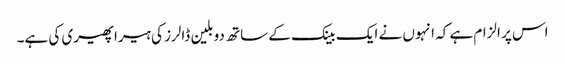
اس پر الزام ہے کہ انہوں نے ایک بینک کے ساتھ دو بلین ڈالرز کی ہیرا پھیری کی ہے۔